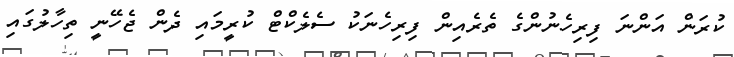
ކުރަން އަންނަ ފިރިހެނުންގެ ތެރެއިން ފިރިހެނަކު ސެލެކްޓް ކުރީމައި ދެން ޖެހޭނީ ތިހާލުގައި